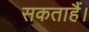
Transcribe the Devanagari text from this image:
सकताहैं।